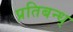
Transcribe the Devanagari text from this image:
प्रतिबन्ध्